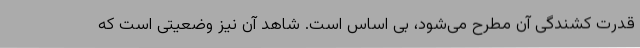
قدرت کشندگی آن مطرح می‌شود،‌ بی اساس است. شاهد آن نیز وضعیتی است که